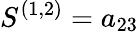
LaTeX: S^{(1,2)}=a_{23}